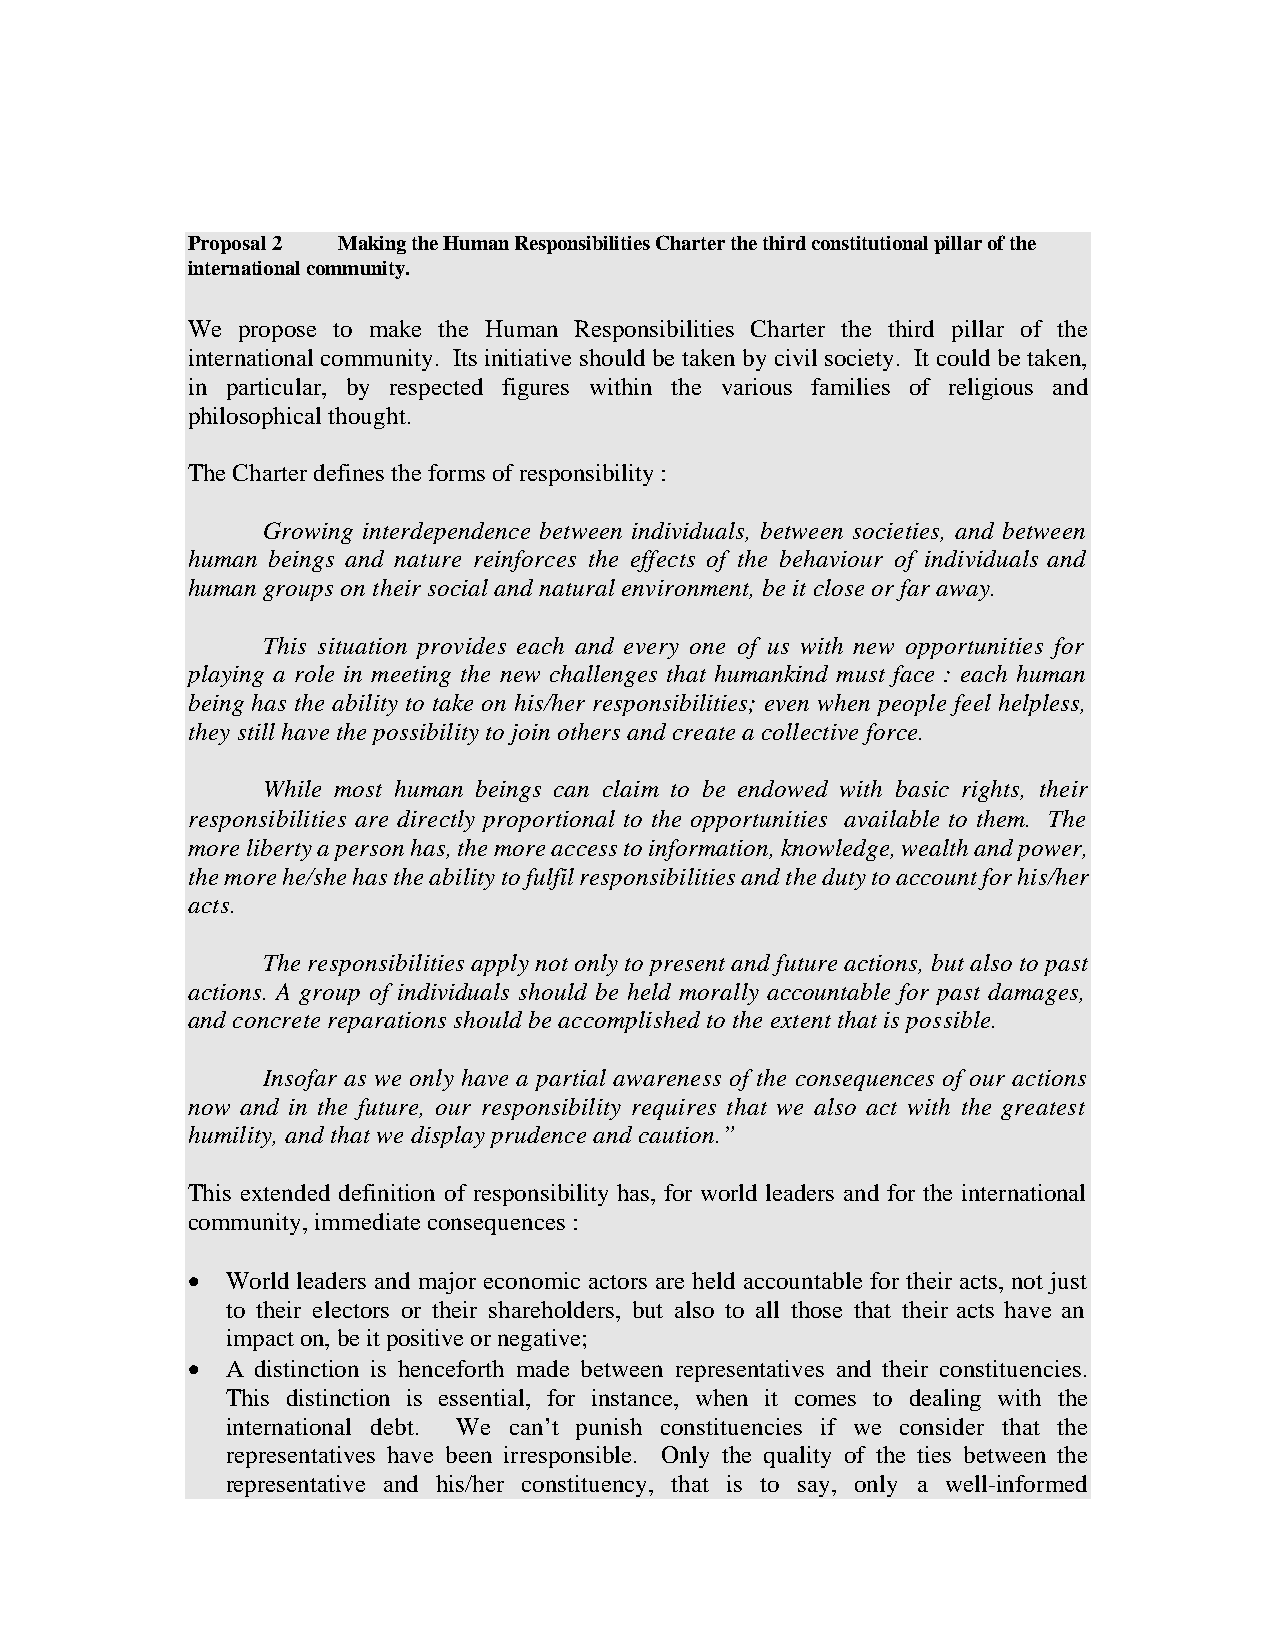
Proposal 2 Making the Human Responsibilities Charter the third constitutional pillar of the
 international community.
 We  propose to make the Human Responsibilities Charter the third pillar of the
 international community. Its initiative should be taken by civil society. It could be taken,
 in particular, by respected figures within the various families of religious and
 philosophical thought.
 The Charter defines the forms of responsibility :
 Growing interdependence between individuals, between societies, and between
 human beings and nature reinforces the effects of the behaviour of individuals and
 human groups on their social and natural environment, be it close or far away.
 This situation provides each and every one of us with new opportunities for
 playing a role in meeting the new challenges that humankind must face : each human
 being has the ability to take on his/her responsibilities; even when people feel helpless,
 they still have the possibility to join others and create a collective force.
 While most human beings can claim to be endowed with basic rights, their
 responsibilities are directly proportional to the opportunities available to them. The
 more liberty a person has, the more access to information, knowledge, wealth and power,
 the more he/she has the ability to fulfil responsibilities and the duty to account for his/her
 acts.
 The responsibilities apply not only to present and future actions, but also to past
 actions. A group of individuals should be held morally accountable for past damages,
 and concrete reparations should be accomplished to the extent that is possible.
 Insofar as we only have a partial awareness of the consequences of our actions
 now and in the future, our responsibility requires that we also act with the greatest
 humility, and that we display prudence and caution.”
 This extended definition of responsibility has, for world leaders and for the international
 community, immediate consequences :
 •  World leaders and major economic actors are held accountable for their acts, not just
 to their electors or their shareholders, but also to all those that their acts have an
 impact on, be it positive or negative;
 •  A distinction is henceforth made between representatives and their constituencies.
 This distinction is essential, for instance, when it comes to dealing with the
 international debt. We can’t punish constituencies if we consider that the
 representatives have been irresponsible. Only the quality of the ties between the
 representative and his/her constituency, that is to say, only a well-informed